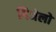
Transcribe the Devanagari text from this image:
गिजेलो